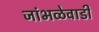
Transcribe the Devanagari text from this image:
जांभळेवाडी